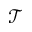
\mathcal { T }